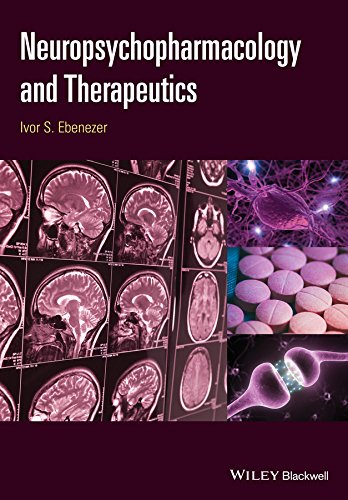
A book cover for Neuropsychopharmacology and Therapeutics; Ivor Ebenezer; Medical Books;